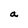
Character: a